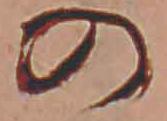
の